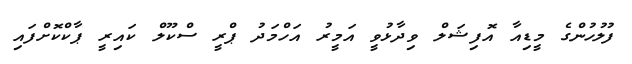
ފުލުހުންގެ މީޑިއާ އޮފިޝަލް ވިދާޅުވީ އަމީރު އަހްމަދު ޕްރީ ސްކޫލް ކައިރީ ޕާކްކޮށްފައި